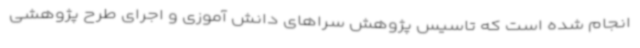
انجام شده است که تاسیس پژوهش سراهای دانش آموزی و اجرای طرح پژوهشی